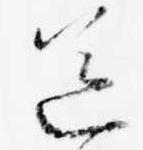
送